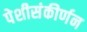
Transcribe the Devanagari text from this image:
पेशीसंकीर्णन